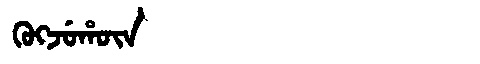
Manchu: ᡴᡠᡴᠵᡠᡥᡡᠨ
Romanization: KUKJUHŪN